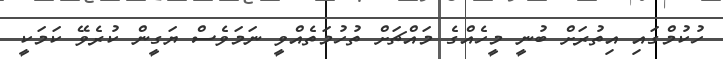
ހުކުމްގައި އިތުރަށް ބުނީ މީހެއްގެ މައްޗަށް ތުހުމަތެއްވީ ނަމަވެސް ޔަގީން ކުރެވޭ ކަމަކީ